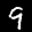
Label: 9